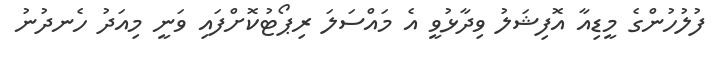
ފުލުހުންގެ މީޑިއާ އޮފިޝަލު ވިދާޅުވީ އެ މައްސަލަ ރިޕޯޓުކޮށްފައި ވަނީ މިއަދު ހެނދުނު